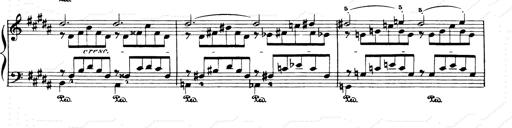
Title: Consolations and LiebestrÃ¤ume for the Piano
Composer: Franz Liszt